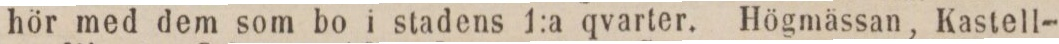
hör med dem som bo i stadens 1:a qvarter. Högmässan, Kastell-